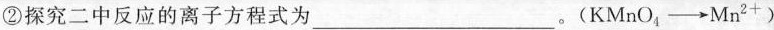
②探究二中反应的离子方程式为___。(KMnO_{4} \rightarrow Mn^{2+})